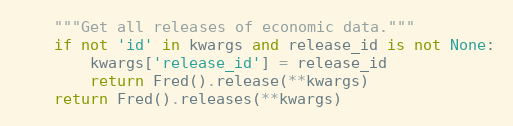
Language: Python
    """Get all releases of economic data."""
    if not 'id' in kwargs and release_id is not None:
        kwargs['release_id'] = release_id
        return Fred().release(**kwargs)
    return Fred().releases(**kwargs)